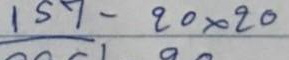
 157- 20 x 20